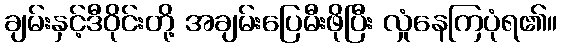
ချမ်းနှင့်ဒီဝိုင်းတို့ အချမ်းပြေမီးဖိုပြီး လှုံနေကြပုံရ၏။